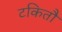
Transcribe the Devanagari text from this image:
टकितौ